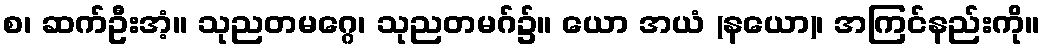
စ၊ ဆက်ဦးအံ့။ သုညတမဂ္ဂေ၊ သုညတမဂ်၌။ ယော အယံ (နယော)၊ အကြင်နည်းကို။